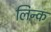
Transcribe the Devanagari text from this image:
लिन्क